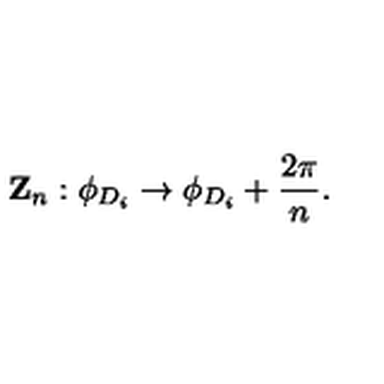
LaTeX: { \bf Z } _ { n } : \phi _ { D _ { i } } \rightarrow \phi _ { D _ { i } } + \frac { 2 \pi } { n } .